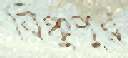
বিঞ্চুপুর